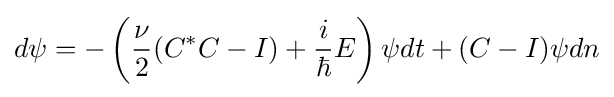
d\psi =-\left({\frac {\nu }{2}}(C^{\ast }C-I)+{\frac {i}{\hbar }}E\right)\psi dt+(C-I)\psi dn